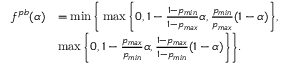
\begin{array} { r l } { f ^ { p b } ( \alpha ) } & { = \operatorname* { m i n } \bigg \{ \operatorname* { m a x } \bigg \{ 0 , 1 - \frac { 1 - p _ { m i n } } { 1 - p _ { m a x } } \alpha , \frac { p _ { m i n } } { p _ { m a x } } ( 1 - \alpha ) \bigg \} , } \\ & { \operatorname* { m a x } \bigg \{ 0 , 1 - \frac { p _ { m a x } } { p _ { m i n } } \alpha , \frac { 1 - p _ { m a x } } { 1 - p _ { m i n } } ( 1 - \alpha ) \bigg \} \bigg \} . } \end{array}